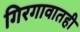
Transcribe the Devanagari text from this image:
गिरगावातही